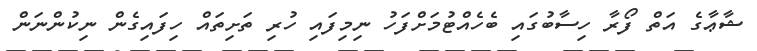
ޝާޢާގެ އަތް ފޯރާ ހިސާބުގައި ބެހެއްޓުމަށްފަހު ނިމިފައި ހުރި ތަށިތައް ހިފައިގެން ނިކުންނަން